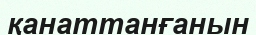
қанаттанғанын